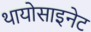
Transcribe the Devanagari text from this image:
थायोसाइनेट